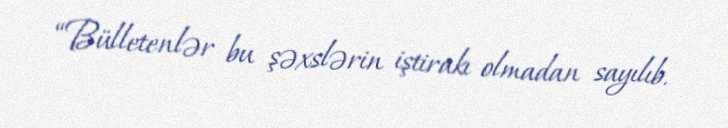
“Bülletenlər bu şəxslərin iştirakı olmadan sayılıb.